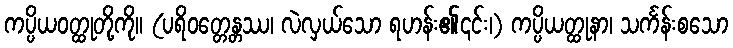
ကပ္ပိယဝတ္ထုတို့ကို။ (ပရိဝတ္တေန္တဿ၊ လဲလှယ်သော ရဟန်း၏၎င်း၊) ကပ္ပိယတ္ထုနာ၊ သင်္ကန်းစသော